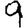
Digit: 9